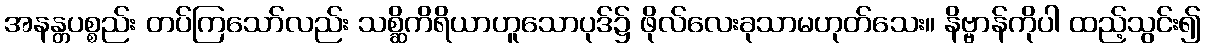
အနန္တပစ္စည်း တပ်ကြသော်လည်း သစ္ဆိကိရိယာဟူသောပုဒ်၌ ဖိုလ်လေးခုသာမဟုတ်သေး။ နိဗ္ဗာန်ကိုပါ ထည့်သွင်း၍